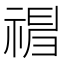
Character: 𥛃